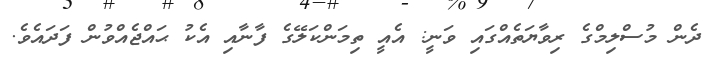
ދެން މުސްލިމްގެ ރިވާޔަތެއްގައި ވަނީ: އެއީ ތިމަންކަލޭގެ ފާނާއި އެކު ޙައްޖެއްވުން ފަދައެވެ.